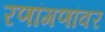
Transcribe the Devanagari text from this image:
रणांगणांवर